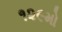
૧૨૯મો